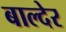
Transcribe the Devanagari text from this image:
बाल्देर